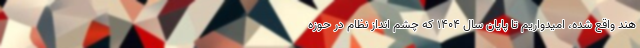
هند واقع شده، امیدواریم تا پایان سال ۱۴۰۴ که چشم انداز نظام در حوزه